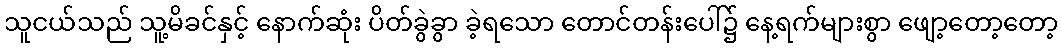
သူငယ်သည် သူ့မိခင်နှင့် နောက်ဆုံး ပိတ်ခွဲခွာ ခဲ့ရသော တောင်တန်းပေါ်၌ နေ့ရက်များစွာ ဖျော့တော့တော့